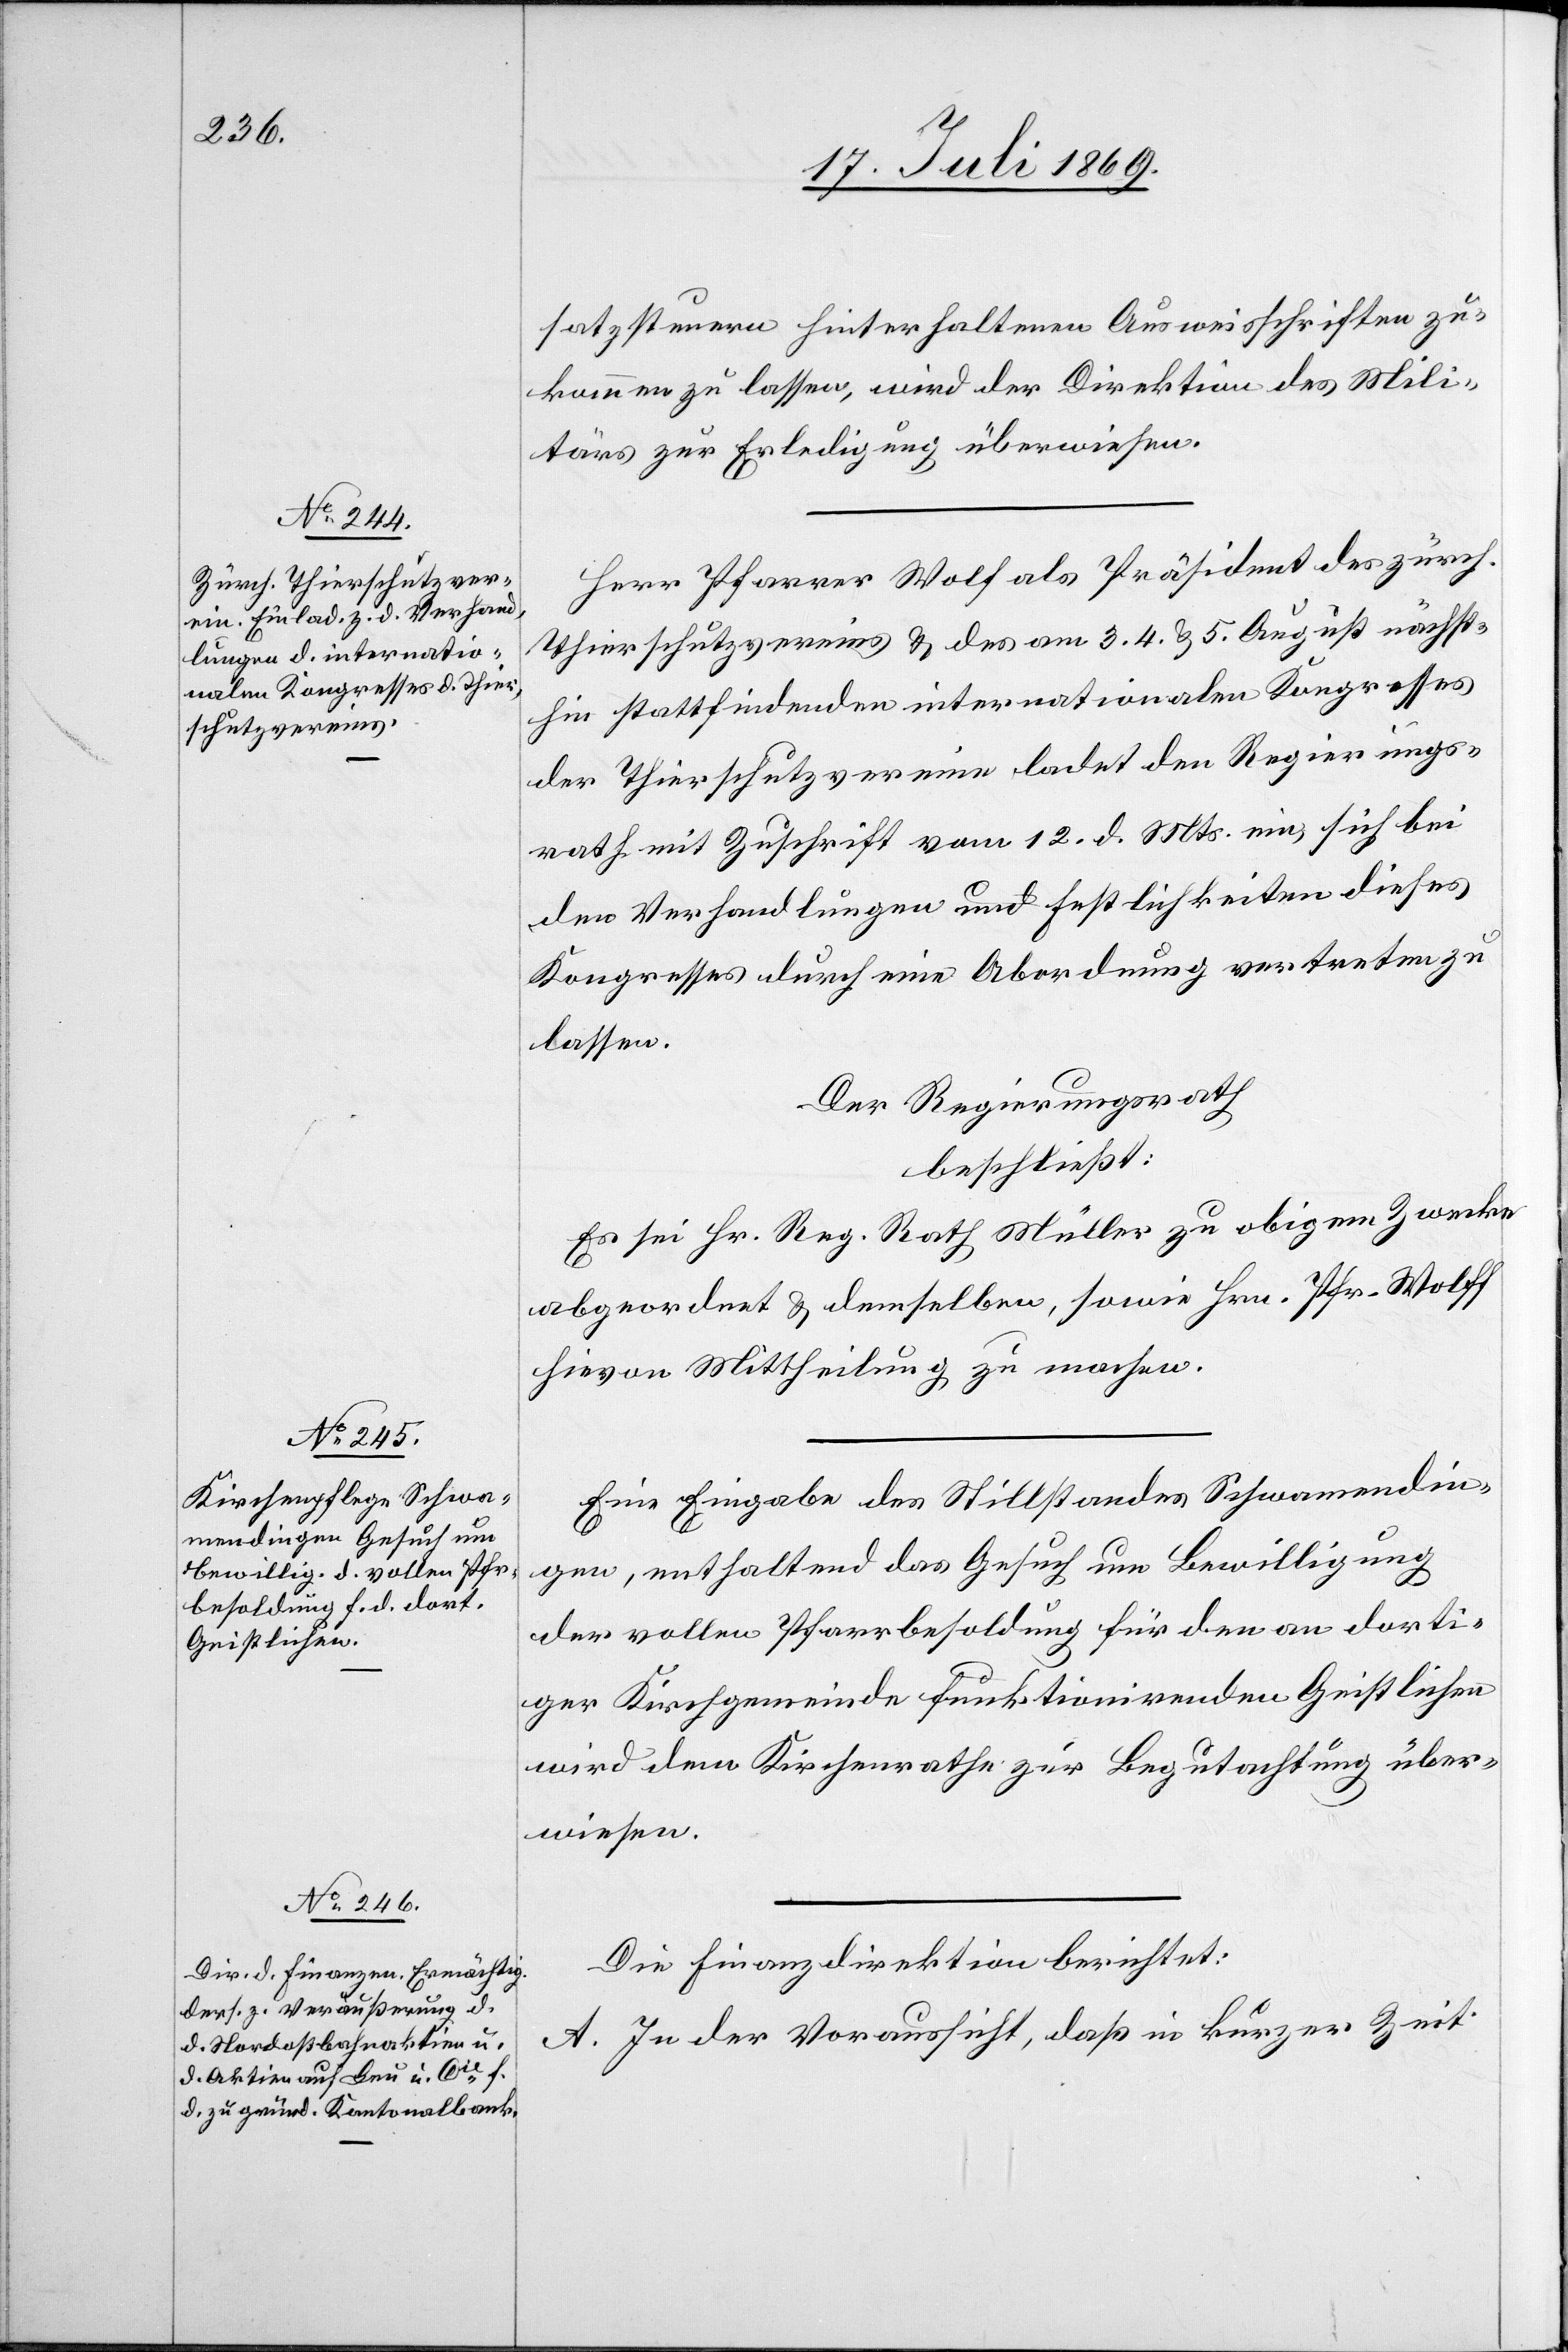
satzsteuern hinterhaltenen Ausweisschriften zu¬
kommen zu lassen, wird der Direktion des Mili¬
tärs zur Erledigung überwiesen.
Herr Pfarrer Wolf als Präsident des zürch.
Thierschutzvereines u. des am 3. 4. u. 5 August nächst¬
hin stattfindenden internationalen Kongresses
der Thierschutzvereine ladet den Regierungs¬
rath mit Zuschrift vom 12 d. Mts. ein, sich bei
den Verhandlungen und Festlichkeiten dieses
Kongresses durch eine Abordnung vertreten zu
lassen.
Der Regierungsrath
beschließt:
Es sei Hr. Reg. Rath Müller zu obigem Zwecke
abgeordnet u. demselben, sowie Hrn. Pfr. Wolff
hievon Mittheilung zu machen.
Eine Eingabe des Stillstandes Schwamendin¬
gen, enthaltend das Gesuch um Bewilligung
der vollen Pfarrbesoldung für den an dorti¬
ger Kirchgemeinde funktionirenden Geistlichen
wird dem Kirchenrathe zur Begutachtung über¬
wiesen.
Die Finanzdirektion berichtet:
A. In der Voraussicht, daß in kurzer Zeit,